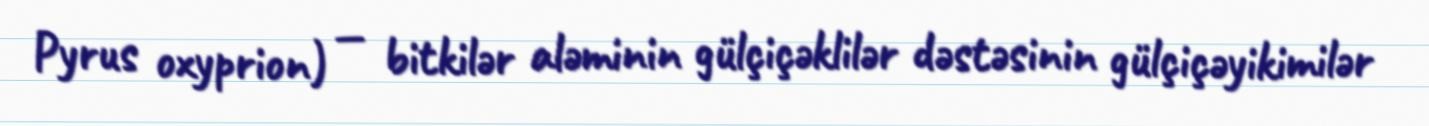
Pyrus oxyprion) — bitkilər aləminin gülçiçəklilər dəstəsinin gülçiçəyikimilər